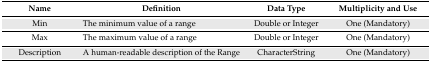
| Name | Definition | Data Type | Multiplicity and Use |
 | --- | --- | --- | --- |
 | Min | The minimum value of a range | Double or Integer | One (Mandatory) |
 | Max | The maximum value of a range | Double or Integer | One (Mandatory) |
 | Description | A human-readable description of the Range | CharacterString | One (Mandatory) |